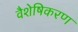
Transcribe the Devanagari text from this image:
वैशेषिकरण